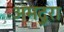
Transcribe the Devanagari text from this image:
अमदुरा